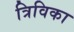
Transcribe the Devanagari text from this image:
त्रिविका